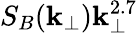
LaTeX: S_{B}(\mathbf{k}_{\perp})\mathbf{k}_{\perp}^{2.7}